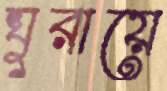
ঘুরায়ে